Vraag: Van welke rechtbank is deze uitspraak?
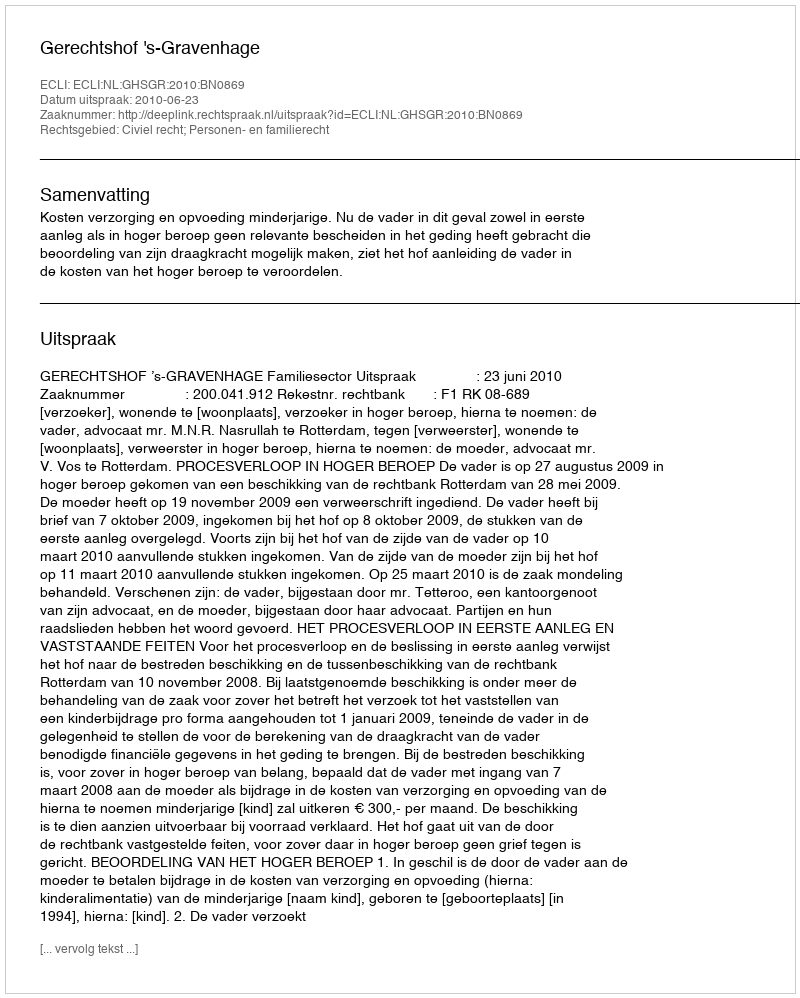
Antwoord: Gerechtshof 's-Gravenhage